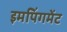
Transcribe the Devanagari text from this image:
इमपिंगमेंट